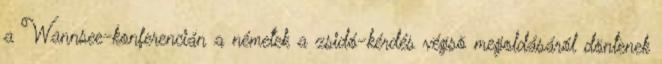
a Wannsee-konferencián a németek a zsidó-kérdés végsõ megoldásáról döntenek